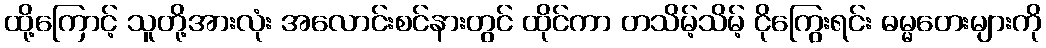
ထို့ကြောင့် သူတို့အားလုံး အလောင်းစင်နားတွင် ထိုင်ကာ တသိမ့်သိမ့် ငိုကြွေးရင်း ဓမ္မတေးများကို